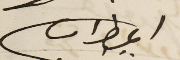
المطران